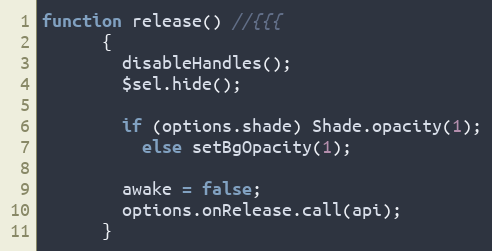
Language: JavaScript
function release() //{{{
      {
        disableHandles();
        $sel.hide();

        if (options.shade) Shade.opacity(1);
          else setBgOpacity(1);

        awake = false;
        options.onRelease.call(api);
      }